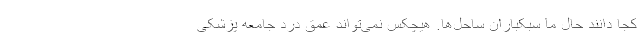
کجا دانند حال ما سبکباران ساحل‌ها. هیچکس نمی‌تواند عمق درد جامعه پزشکی